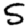
Digit: 5